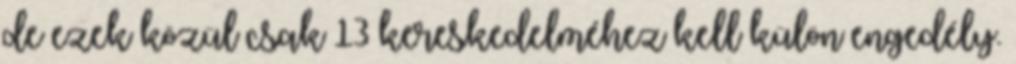
de ezek közül csak 13 kereskedelméhez kell külön engedély.